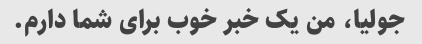
جولیا، من یک خبر خوب برای شما دارم.